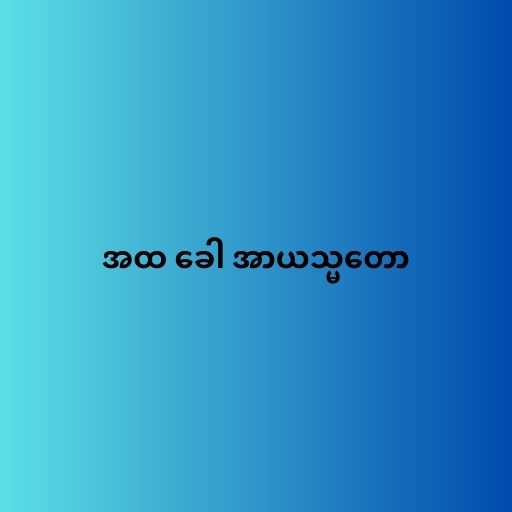
အထ ခေါ အာယသ္မတော